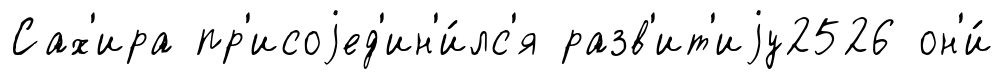
Сах'ира пр'исоjед'ин'и́лс'я разв'ит'иjу2526 он'и́